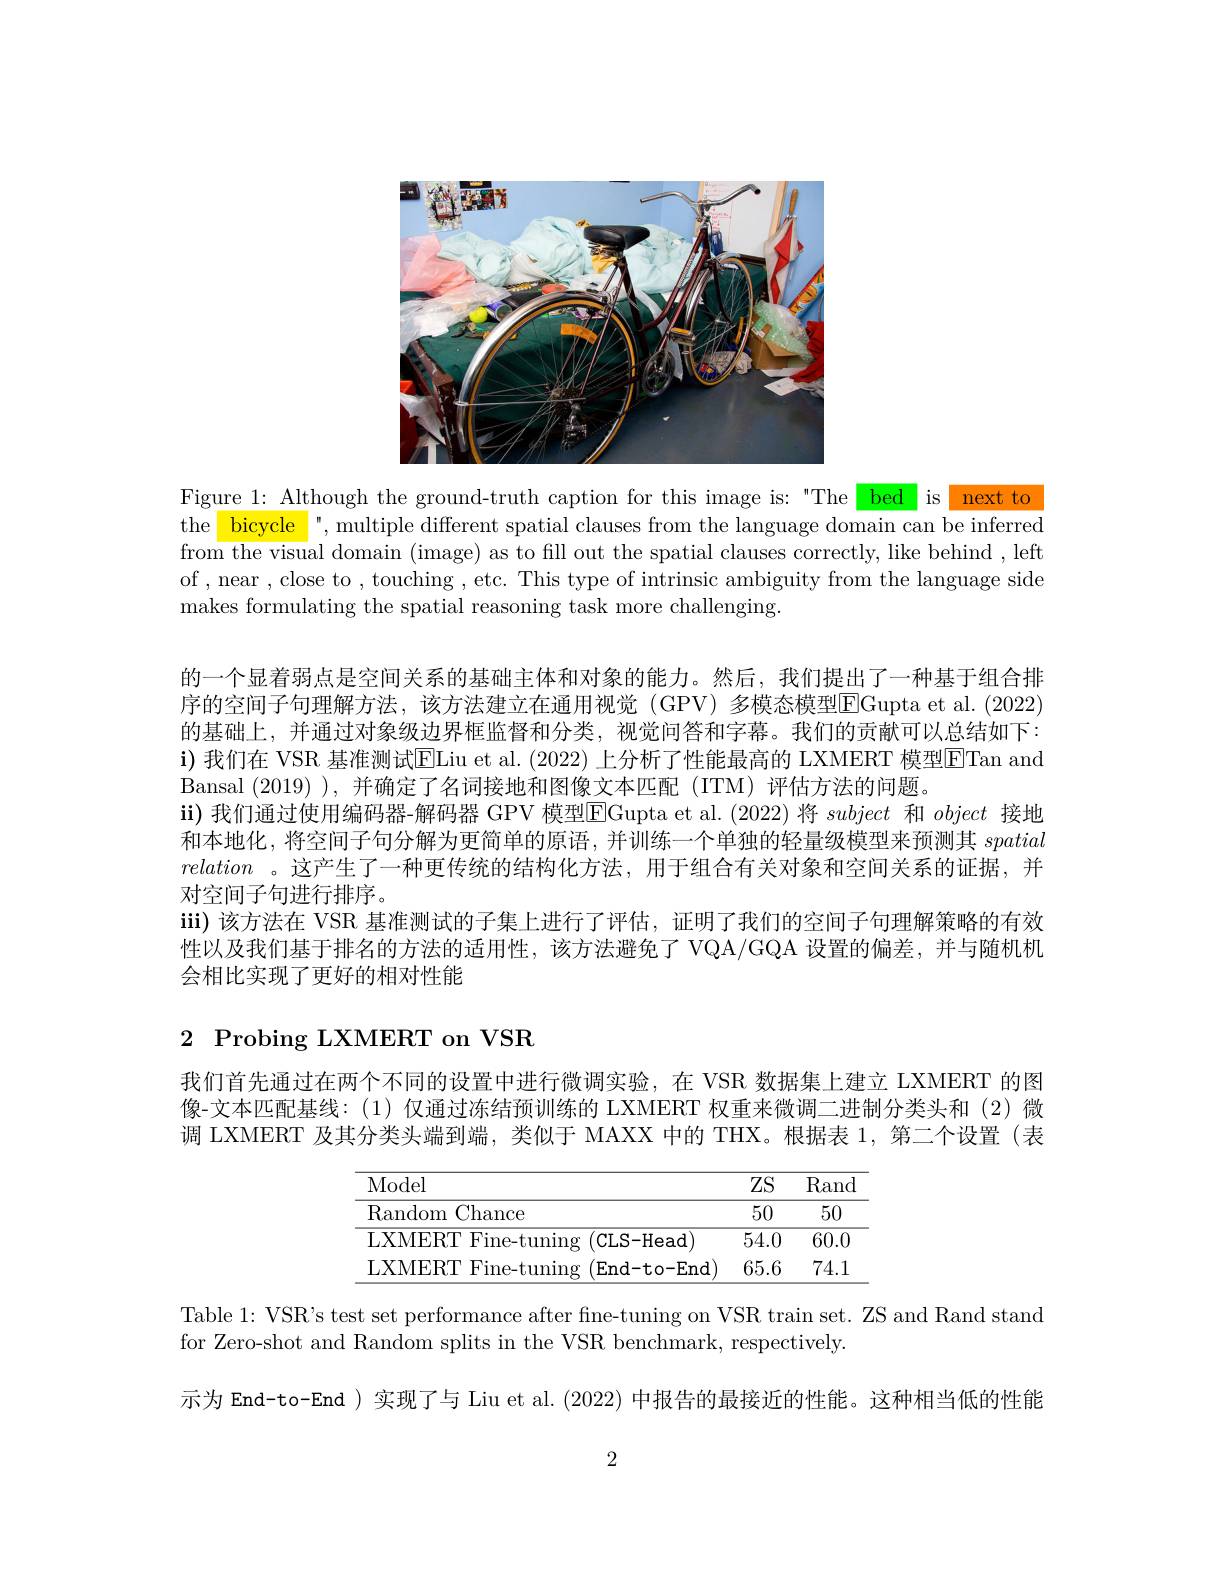
<FigureHere>

Figure 1: Although the ground-truth caption for this image is: "The bed is next to the bicycle ", multiple different spatial clauses from the language domain can be inferred from the visual domain (image) as to fill out the spatial clauses correctly, like behind , left of , near , close to , touching , etc. This type of intrinsic ambiguity from the language side makes formulating the spatial reasoning task more challenging.

的一个显着弱点是空间关系的基础主体和对象的能力。然后，我们提出了一种基于组合排序的空间子句理解方法，该方法建立在通用视觉(GPV) 多模态模型EGupta et al. ( 2022) 的基础上，并通过对象级边界框监督和分类，视觉问答和字幕。我们的贡献可以总结如下： $\mathbf{i})$我们在 VSR 基准测试ELiu et al. (2022) 上分析了性能最高的 LXMERT 模型ETan and Bansal (2019) ),并确定了名词接地和图像文本匹配 (ITM)评估方法的问题。
ii)我们通过使用编码器-解码器 GPV 模型[E]Gupta et al.(2022)将 subject 和object接地和本地化，将空间子句分解为更简单的原语，并训练一个单独的轻量级模型来预测其spatial relation 。这产生了一种更传统的结构化方法，用于组合有关对象和空间关系的证据，并对空间子句进行排序。
iii) 该方法在 VSR 基准测试的子集上进行了评估，证明了我们的空间子句理解策略的有效性以及我们基于排名的方法的适用性，该方法避免了VQA/GQA 设置的偏差，并与随机机会相比实现了更好的相对性能

# 2 Probing LXMERT on VSR

我们首先通过在两个不同的设置中进行微调实验，在 VSR 数据集上建立 LXMERT 的图像-文本匹配基线：(1)仅通过冻结预训练的 LXMERT 权重来微调二进制分类头和 (2)微调 LXMERT 及其分类头端到端，类似于 MAXX 中的 THX。根据表 1,第二个设置(表

<table>
	<tbody>
		<tr>
			<th>Model</th>
			<th>ZS</th>
			<th>Rand</th>
		</tr>
		<tr>
			<td>Random Chance</td>
			<td>50</td>
			<td>50</td>
		</tr>
		<tr>
			<td>LXMERT Fine-tuning (CLS-Head)</td>
			<td>54.0</td>
			<td>60.0</td>
		</tr>
		<tr>
			<td>LXMERT Fine-tuning (End-to-End)</td>
			<td>65.6</td>
			<td>74.1</td>
		</tr>
	</tbody>
</table>

Table 1: VSR's test set performance after fine-tuning on VSR train set. ZS and Rand stand
for Zero-shot and Random splits in the VSR benchmark, respectively.
示为 End-to-End ) 实现了与 Liu et al. (2022) 中报告的最接近的性能。这种相当低的性能

2